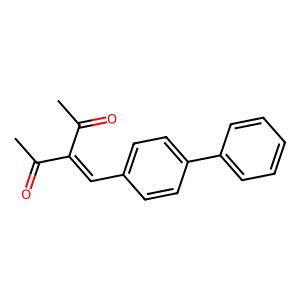
SMILES: CC(=O)C(=Cc1ccc(-c2ccccc2)cc1)C(C)=O
Inhibits HIV replication: No